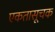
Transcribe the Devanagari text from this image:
एकतासूचक